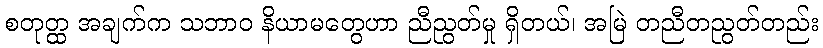
စတုတ္ထ အချက်က သဘာဝ နိယာမတွေဟာ ညီညွတ်မှု ရှိတယ်၊ အမြဲ တညီတညွတ်တည်း